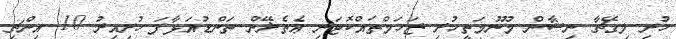
ހުރި ލިގޭޗާ ނިޝާން މޫނުމަތީހުރި ޒަހަމްތައްކޮޓަރި ޢެތެޜޭން ތަންޑުއަޅާފަ ހުރިއިރު 10 އިންޗި